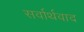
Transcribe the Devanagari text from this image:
सर्वार्थवाद